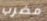
مضرب